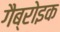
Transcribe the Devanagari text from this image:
गैब्रोइक